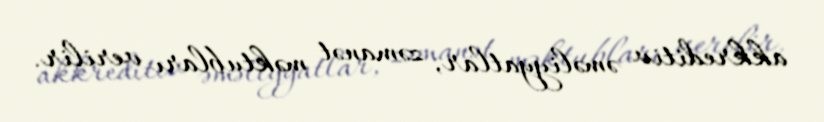
akkreditiv əməliyyatlar, zəmanət məktubları verilir.